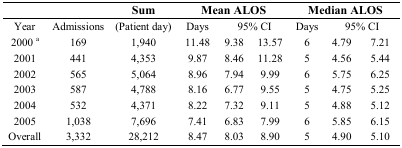
<table><thead><tr><td></td><td></td><td><b>Sum</b></td><td colspan="3"><b>Mean ALOS</b></td><td colspan="3"><b>Median ALOS</b></td></tr></thead><tbody><tr><td>Year</td><td>Admissions</td><td>(Patient day)</td><td>Days</td><td colspan="2">95% CI</td><td>Days</td><td colspan="2">95% CI</td></tr><tr><td>2000 <sup>a</sup></td><td>169</td><td>1,940</td><td>11.48</td><td>9.38</td><td>13.57</td><td>6</td><td>4.79</td><td>7.21</td></tr><tr><td>2001</td><td>441</td><td>4,353</td><td>9.87</td><td>8.46</td><td>11.28</td><td>5</td><td>4.56</td><td>5.44</td></tr><tr><td>2002</td><td>565</td><td>5,064</td><td>8.96</td><td>7.94</td><td>9.99</td><td>6</td><td>5.75</td><td>6.25</td></tr><tr><td>2003</td><td>587</td><td>4,788</td><td>8.16</td><td>6.77</td><td>9.55</td><td>5</td><td>4.75</td><td>5.25</td></tr><tr><td>2004</td><td>532</td><td>4,371</td><td>8.22</td><td>7.32</td><td>9.11</td><td>5</td><td>4.88</td><td>5.12</td></tr><tr><td>2005</td><td>1,038</td><td>7,696</td><td>7.41</td><td>6.83</td><td>7.99</td><td>6</td><td>5.85</td><td>6.15</td></tr><tr><td>Overall</td><td>3,332</td><td>28,212</td><td>8.47</td><td>8.03</td><td>8.90</td><td>5</td><td>4.90</td><td>5.10</td></tr></tbody></table>